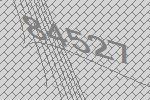
84527